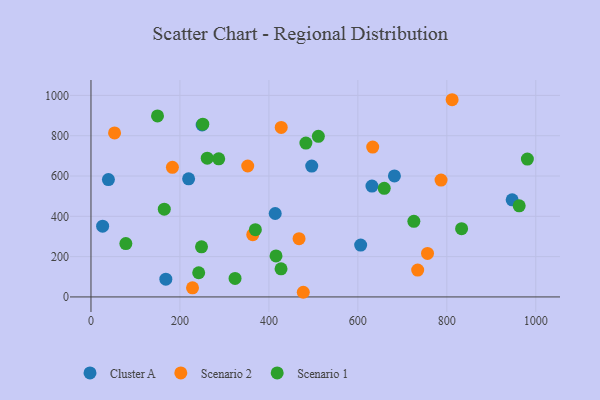
{"axis": {"x": "Speed", "y": "Salary"}, "legend": ["Cluster A", "Scenario 1", "Scenario 2"], "data": [{"x": "496.3", "y": 649.4, "type": "Cluster A"}, {"x": "219.5", "y": 586.1, "type": "Cluster A"}, {"x": "631.7", "y": 550.2, "type": "Cluster A"}, {"x": "249.9", "y": 853.2, "type": "Cluster A"}, {"x": "168.3", "y": 87.9, "type": "Cluster A"}, {"x": "26.2", "y": 351.1, "type": "Cluster A"}, {"x": "39.2", "y": 582.2, "type": "Cluster A"}, {"x": "414.2", "y": 414.0, "type": "Cluster A"}, {"x": "682.2", "y": 600.6, "type": "Cluster A"}, {"x": "606.3", "y": 257.3, "type": "Cluster A"}, {"x": "946.9", "y": 482.1, "type": "Cluster A"}, {"x": "352.4", "y": 649.9, "type": "Scenario 2"}, {"x": "734.5", "y": 133.2, "type": "Scenario 2"}, {"x": "363.7", "y": 309.2, "type": "Scenario 2"}, {"x": "53.0", "y": 813.7, "type": "Scenario 2"}, {"x": "228.3", "y": 45.0, "type": "Scenario 2"}, {"x": "756.6", "y": 215.7, "type": "Scenario 2"}, {"x": "427.7", "y": 841.1, "type": "Scenario 2"}, {"x": "467.8", "y": 289.2, "type": "Scenario 2"}, {"x": "811.9", "y": 978.7, "type": "Scenario 2"}, {"x": "477.3", "y": 23.1, "type": "Scenario 2"}, {"x": "633.4", "y": 743.8, "type": "Scenario 2"}, {"x": "183.1", "y": 643.3, "type": "Scenario 2"}, {"x": "787.0", "y": 579.8, "type": "Scenario 2"}, {"x": "251.4", "y": 857.2, "type": "Scenario 1"}, {"x": "962.7", "y": 451.9, "type": "Scenario 1"}, {"x": "149.6", "y": 898.4, "type": "Scenario 1"}, {"x": "725.9", "y": 375.1, "type": "Scenario 1"}, {"x": "659.3", "y": 538.9, "type": "Scenario 1"}, {"x": "369.6", "y": 333.7, "type": "Scenario 1"}, {"x": "511.2", "y": 797.1, "type": "Scenario 1"}, {"x": "164.8", "y": 435.4, "type": "Scenario 1"}, {"x": "483.2", "y": 763.8, "type": "Scenario 1"}, {"x": "242.2", "y": 120.1, "type": "Scenario 1"}, {"x": "427.3", "y": 139.6, "type": "Scenario 1"}, {"x": "833.2", "y": 338.5, "type": "Scenario 1"}, {"x": "287.2", "y": 685.4, "type": "Scenario 1"}, {"x": "248.5", "y": 248.6, "type": "Scenario 1"}, {"x": "981.1", "y": 684.2, "type": "Scenario 1"}, {"x": "261.4", "y": 688.5, "type": "Scenario 1"}, {"x": "416.0", "y": 203.5, "type": "Scenario 1"}, {"x": "78.4", "y": 264.6, "type": "Scenario 1"}, {"x": "323.9", "y": 91.7, "type": "Scenario 1"}]}